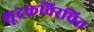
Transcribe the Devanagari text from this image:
शूद्रकविरचित